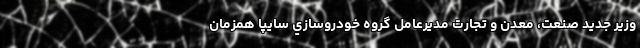
وزير جديد صنعت، معدن و تجارت مديرعامل گروه خودروسازي سايپا همزمان